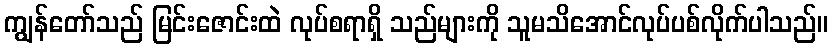
ကျွန်တော်သည် မြင်းဇောင်းထဲ လုပ်စရာရှိ သည်များကို သူမသိအောင်လုပ်ပစ်လိုက်ပါသည်။